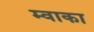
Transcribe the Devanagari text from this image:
म्वाका